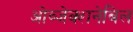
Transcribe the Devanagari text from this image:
ओव्जेक्शनेबिल